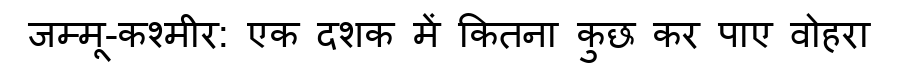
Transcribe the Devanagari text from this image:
जम्मू-कश्मीर: एक दशक में कितना कुछ कर पाए वोहरा